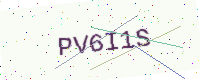
Text: PV6I1S